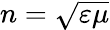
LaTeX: n=\sqrt{\varepsilon\mu}